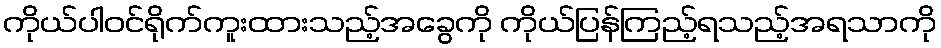
ကိုယ်ပါဝင်ရိုက်ကူးထားသည့်အခွေကို ကိုယ်ပြန်ကြည့်ရသည့်အရသာကို